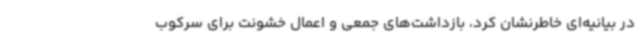
در بیانیه‌ای خاطرنشان کرد، بازداشت‌های جمعی و اعمال خشونت‌ برای سرکوب